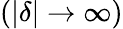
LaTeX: (|\delta|\rightarrow\infty)